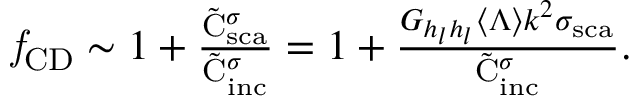
\begin{array} { r } { \mathit { f } _ { \mathrm { { C D } } } \sim 1 + \frac { { \tilde { \mathrm { C } } _ { \mathrm { { s c a } } } ^ { \sigma } } } { \tilde { \mathrm { C } } _ { \mathrm { { i n c } } } ^ { \sigma } } = 1 + \frac { { { G _ { h _ { l } h _ { l } } } \langle \Lambda \rangle { k ^ { 2 } \sigma _ { \mathrm { s c a } } } } } { \tilde { \mathrm { { C } } } _ { \mathrm { i n c } } ^ { \sigma } } . } \end{array}